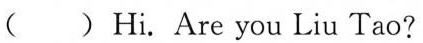
( ) Hi. Are you Liu Tao?